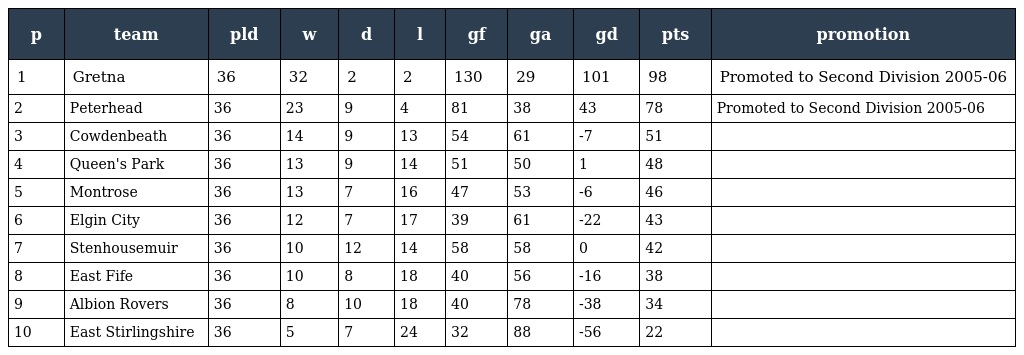
| p | team | pld | w | d | l | gf | ga | gd | pts | promotion |
 | --- | --- | --- | --- | --- | --- | --- | --- | --- | --- | --- |
 | 1 | Gretna | 36 | 32 | 2 | 2 | 130 | 29 | 101 | 98 | Promoted to Second Division 2005-06 |
 | 2 | Peterhead | 36 | 23 | 9 | 4 | 81 | 38 | 43 | 78 | Promoted to Second Division 2005-06 |
 | 3 | Cowdenbeath | 36 | 14 | 9 | 13 | 54 | 61 | -7 | 51 |  |
 | 4 | Queen's Park | 36 | 13 | 9 | 14 | 51 | 50 | 1 | 48 |  |
 | 5 | Montrose | 36 | 13 | 7 | 16 | 47 | 53 | -6 | 46 |  |
 | 6 | Elgin City | 36 | 12 | 7 | 17 | 39 | 61 | -22 | 43 |  |
 | 7 | Stenhousemuir | 36 | 10 | 12 | 14 | 58 | 58 | 0 | 42 |  |
 | 8 | East Fife | 36 | 10 | 8 | 18 | 40 | 56 | -16 | 38 |  |
 | 9 | Albion Rovers | 36 | 8 | 10 | 18 | 40 | 78 | -38 | 34 |  |
 | 10 | East Stirlingshire | 36 | 5 | 7 | 24 | 32 | 88 | -56 | 22 |  |